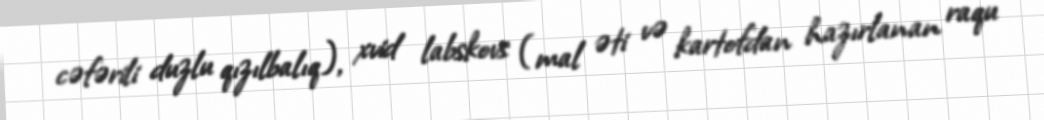
cəfərili duzlu qızılbalıq), xvid labskovs (mal əti və kartofdan hazırlanan raqu